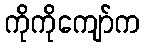
ကိုကိုကျော်က